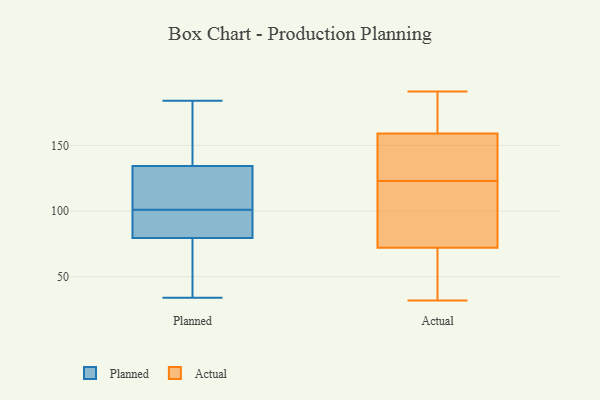
{"axis": {"x": "Inventory Turnover", "y": "Value"}, "legend": ["Actual", "Planned"], "data": [{"x": "", "y": 80, "type": "Planned"}, {"x": "", "y": 65, "type": "Planned"}, {"x": "", "y": 34, "type": "Planned"}, {"x": "", "y": 101, "type": "Planned"}, {"x": "", "y": 153, "type": "Planned"}, {"x": "", "y": 184, "type": "Planned"}, {"x": "", "y": 99, "type": "Planned"}, {"x": "", "y": 84, "type": "Planned"}, {"x": "", "y": 132, "type": "Planned"}, {"x": "", "y": 143, "type": "Planned"}, {"x": "", "y": 105, "type": "Planned"}, {"x": "", "y": 89, "type": "Planned"}, {"x": "", "y": 122, "type": "Planned"}, {"x": "", "y": 78, "type": "Planned"}, {"x": "", "y": 42, "type": "Planned"}, {"x": "", "y": 102, "type": "Planned"}, {"x": "", "y": 141, "type": "Planned"}, {"x": "", "y": 118, "type": "Actual"}, {"x": "", "y": 149, "type": "Actual"}, {"x": "", "y": 128, "type": "Actual"}, {"x": "", "y": 191, "type": "Actual"}, {"x": "", "y": 57, "type": "Actual"}, {"x": "", "y": 72, "type": "Actual"}, {"x": "", "y": 142, "type": "Actual"}, {"x": "", "y": 174, "type": "Actual"}, {"x": "", "y": 49, "type": "Actual"}, {"x": "", "y": 32, "type": "Actual"}, {"x": "", "y": 73, "type": "Actual"}, {"x": "", "y": 190, "type": "Actual"}, {"x": "", "y": 159, "type": "Actual"}, {"x": "", "y": 89, "type": "Actual"}]}